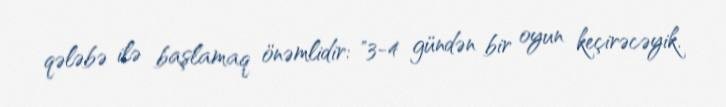
qələbə ilə başlamaq önəmlidir: "3-4 gündən bir oyun keçirəcəyik.